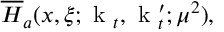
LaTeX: \overline { { { H } } } _ { a } ( x , \xi ; \mathrm { \boldmath ~ k ~ } _ { t } , \mathrm { \boldmath ~ k ~ } _ { t } ^ { \prime } ; \mu ^ { 2 } ) ,